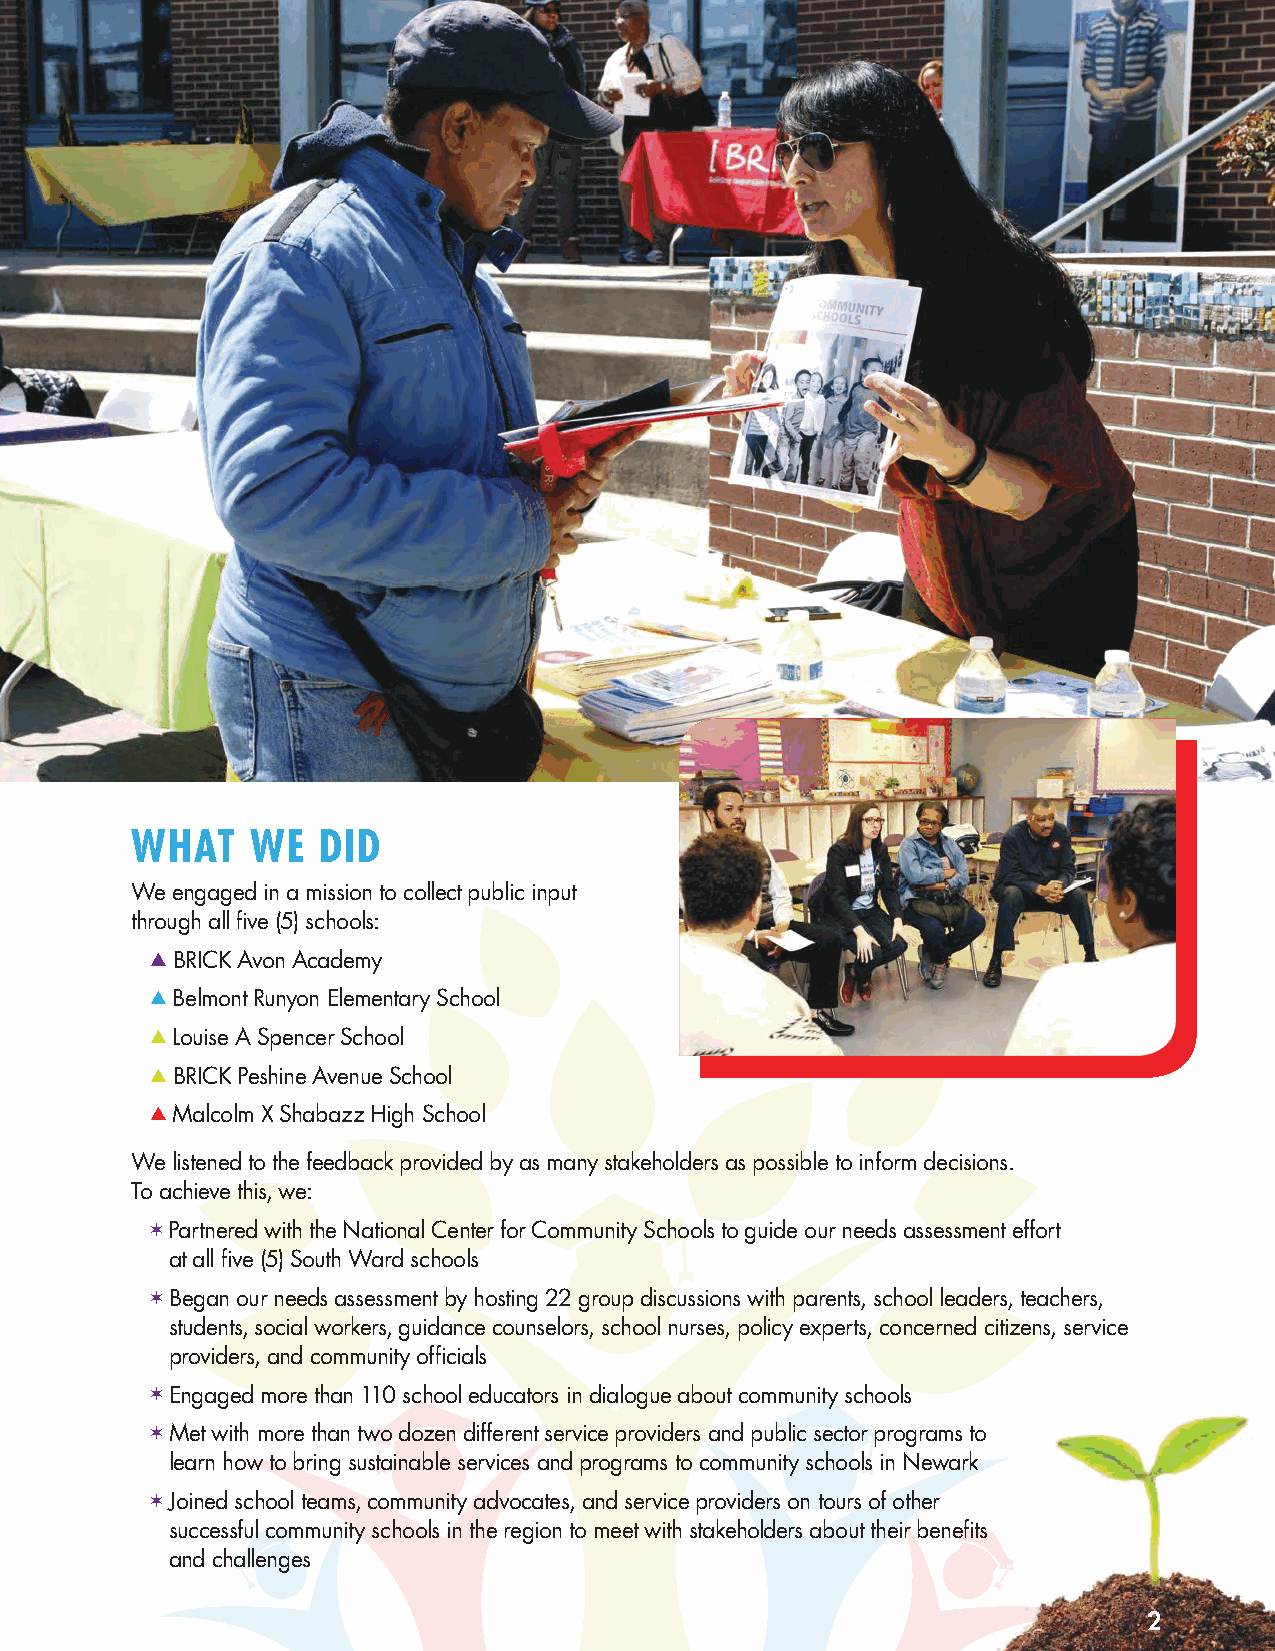
WHAT    WE  DID
 We engaged in a mission to collect public input
 through all five (5) schools:
 s BRICK Avon Academy
 s Belmont Runyon Elementary School
 s Louise A Spencer School
 s BRICK Peshine Avenue School
 s Malcolm X Shabazz High School
 We listened to the feedback provided by as many stakeholders as possible to inform decisions.
 To achieve this, we:
 V Partnered with the National Center for Community Schools to guide our needs assessment effort
 at all five (5) South Ward schools
 V Began our needs assessment by hosting 22 group discussions with parents, school leaders, teachers,
 students, social workers, guidance counselors, school nurses, policy experts, concerned citizens, service
 providers, and community officials
 V Engaged more than 110 school educators in dialogue about community schools
 V Met with more than two dozen different service providers and public sector programs to
 learn how to bring sustainable services and programs to community schools in Newark
 V Joined school teams, community advocates, and service providers on tours of other
 successful community schools in the region to meet with stakeholders about their benefits
 and challenges
 2